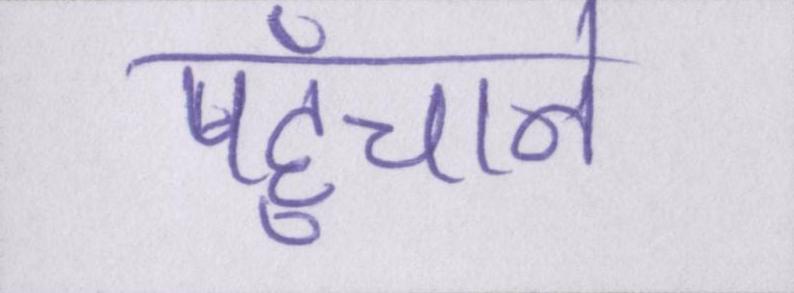
पहुँचाने